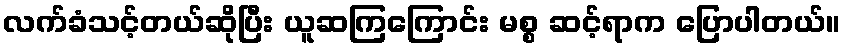
လက်ခံသင့်တယ်ဆိုပြီး ယူဆကြကြောင်း မစ္စ ဆင့်ရာက ပြောပါတယ်။